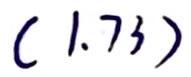
$(1.73)$